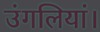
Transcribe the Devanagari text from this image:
उंगलियां।